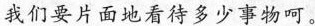
我们要片面地多少事物呵。